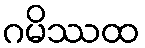
ဂမိဿထ